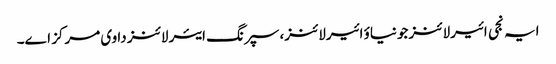
ایہ نجی ائیرلائنز جونیاؤ ائیرلائنز، سپرنگ ایئر لائنز دا وی مرکز ا‏‏ے۔